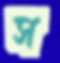
স